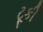
ટૂકી